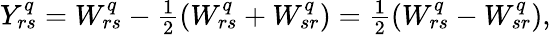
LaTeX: \begin{array}{r}{Y_{rs}^{q}=W_{rs}^{q}-\frac{1}{2}(W_{rs}^{q}+W_{sr}^{q})=\frac{1}{2}(W_{rs}^{q}-W_{sr}^{q}),}\end{array}